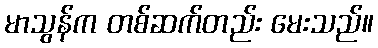
မာသွန်က တစ်ဆက်တည်း မေးသည်။